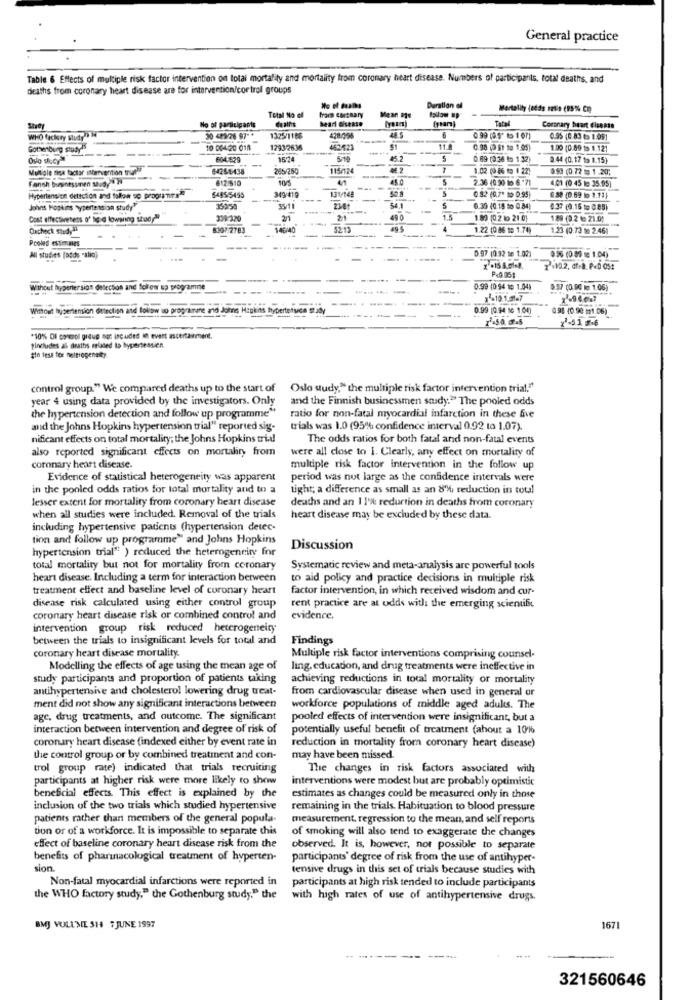
General practice
Table 6 Effects of multiple risk factor intervention on total mortality and mortality from coronary heart disease. Numbers of participants, total deaths, and
deaths from coronary heart disease are for intervention/cor trol groups
Duration el
Mortality (odds 1tis (95% Cm
Total No el
frans cortmary
heart disease
Mean age
Total
Study
No of participants
Coronary heart disease
WHO factory study
30 429/26 97 **
1325/1186
428:056
0.95 (0.83 to 1.091
Gothenburg study
10 004-20 018
1293/2636
462423
51
0.98 ( St te 1,05)
1.00 (0.59 $$ 1.121
Oslo slucy
604-529
15/24
5:14
45.2
0.89 (036 to 1.32)
0.44 (0.17 to 1.15)
Multiple tina tactar ittervention till
6425-6-438
265/250
115/124
1.02 (0 86 to # 22)
993 (0.72 to 1 .20;
612:510
2.36 (0.90 to 6."7]
4.01 (0 45 to 35.95)
349/419
Hypertension dettotion and follow up programirs"
6485/5455
-
131/148
-
0.82 (0.7* to 0.95)
6.88 (0.69 bo 1.12)
Johns Hopkins hypertension study"
359:50
35/11
238t
5
6.39 (0.15 to 0.84)
0.37 (0.16 to 0.85)
Cost effectiveness of tic-@ lowaring stad ???
339:320
2/1
21
49 0
1.89 (0 2 0 21 0)
1.89 (0.2 te 21.0)
Oacheck Study
8307 2783
146/40
52.13
1.22 (0 86 10 1.74)
1.23 (0.73 M 2.461
Proled estimanes
.... .
--
0.97 (0.92 te 1.02)
All studies (odds "alia)
056 (0 89 : 1.04)
P<005:
72.10.2, df.a. P.D Ost
Without Byperter sion detection and follow up programme
0.99 (0 54 10 1.04)
9.57 (O RE e 1.06)
5-10.1.51-7
Without hypertension detection and follow so programune and Johne Hapkits hypertetuda
0.99 [094 10 1.00
0.95 40 90 21.06)
22-53 9-6
*10% Of control graue not included in event ascertainment.
tincludes all deaths mused to hypertensien.
#in lese fer neltrogenatty
control group." We compared deaths up to the start of
Oslo study," the multiple risk factor intervention trial,"
year 4 using data provided by the investigators. Only
and the Finnish businessmen saidy." The pooled odds
the hypertension detection and follow up programme"
ratio for non-fatal myocardial infarction in these five
and the Johns Hopkins hypertension trial" reported sig-
trials was 1.0 (95% confidence interval 0.92 to 1.07).
nificant effects on total mortality; the Johns Hopkins trid
The odds ratios for both fatal and non-fatal events
also reported significant effects on mortality from
were all close to 1. Clearly, any effect on mortality of
coronary heart disease.
multiple risk factor intervention in the follow up
Evidence of statistical heterogeneity was apparent
period was not large as the confidence intervals were
in the pooled odds ratios for total mortality and to a
tight; a difference as small as an 8'% reduction in toul
lesser extent for mortality from coronary heart disease
deaths and an 11'% reduction in deaths from coronary
when all studies were included. Removal of the trials
heart disease may be excluded by these data.
including hypertensive padents (hypertension detec-
tion and follow up programme" and Johns Hopkins
hypertension trial" ) reduced the heterogeneity for
Discussion
total mortality but not for mortality from coronary
Systematic review and meta-analysis are powerful tools
heart disease. Including a term for interaction between
to aid policy and practice decisions in multiple risk
treatment effect and baseline level of coronary heart
factor intervention, in which received wisdom and cur-
disease risk calculated using either control group
rent practice are at odds with the emerging scientif
coronary heart disease risk or combined control and
evidence.
intervention group risk reduced heterogeneity
between the trials to insignificant levels for total and
Findings
coronary heart disease mortality.
Multiple risk factor interventions comprising counsel-
Modelling the effects of age using the mean age of
ling. education, and drug treatments were ineffective in
study participants and proportion of patients taking
achieving reductions in total mortality or mortality
antihypertensive and cholesterol lowering drug treat-
from cardiovascular disease when used in general or
ment did not show any significant interactions between
workforce populations of middle aged adults. The
agc. drug treatments, and outcome. The significant
pooled effects of intervention were insignificant, but a
interaction between intervention and degree of risk of
potentially useful benefit of treatment (ahout a 10%
coronary heart disease (indexed either by event rate in
reduction in mortality from coronary heart disease)
the control group or by combined treatment and con-
may have been missed.
trol group rate) indicated that trials recruiting
The changes in risk factors associated with
participants at higher risk were more likely to show
interventions were modest but are probably optimistic
beneficial effects. This effect is explained by the
estimates as changes could be measured only in those
inclusion of the two trials which studied hypertensive
remaining in the trials. Habituation to blood pressure
patients rather than members of the general popula-
measurement, regression to the mean, and self reports
tion or of a workforce. It is impossible to separate this
of smoking will also tend to exaggerate the changes
effect of baseline coronary heart disease risk from the
observed. It is, however, not possible to separate
benefits of pharmacological treatment of hyperten-
participants' degree of risk from the use of antihyper-
sion.
tensive drugs in this set of trials because studies with
Non-fatal myocardial infarctions were reported in
participants at high risk tended to include participants
the WHO factory study," the Gothenburg study." the
with high rates of use of antihypertensive drugs.
BMJ VOLUME 314 7 JUNE 1997
1671
321560646